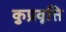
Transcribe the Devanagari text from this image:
कुप्रवृत्ति